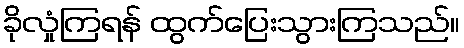
ခိုလှုံကြရန် ထွက်ပြေးသွားကြသည်။